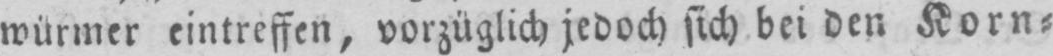
würmer eintreffen, vorzüglich jedoch sich bei den Korn⸗